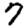
Digit: 7